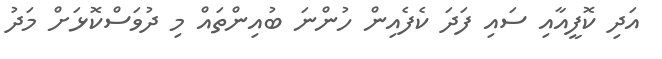
އަދި ކޮފީއާއި ސައި ފަދަ ކެފެއިން ހުންނަ ބުއިންތައް މި ދުވަސްކޮޅަށް މަދު